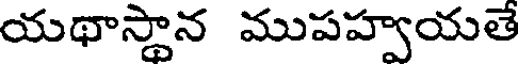
యథాస్థాన ముపహ్వయతే